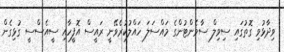
ވިދާޅުވި ގޮތުގައި ސިވިލް ސާވެންޓުންގެ މައްސަލަ ހައްލުކުރެވޭނީ ރައީސް އޮފީހާއި ސީއެސްސީ ގުޅިގެން